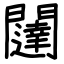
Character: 闥